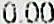
0.00